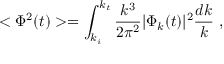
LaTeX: < \Phi ^ { 2 } ( t ) > = \int _ { k _ { i } } ^ { k _ { t } } \frac { k ^ { 3 } } { 2 \pi ^ { 2 } } | \Phi _ { k } ( t ) | ^ { 2 } \frac { d k } { k } ~ ,